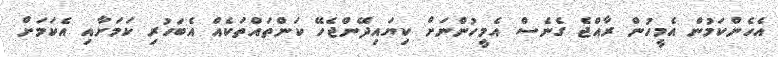
އެހެންކަމުން އެމީހުން ރާއްޖެ ގެނެސް އެމީހުންނަށް ކިޔައިދޭންޖެހޭ ކަންތައްތަކެއް އެބަހުރި ކަމަށާއި އެކަމަށް